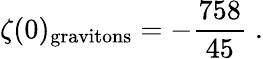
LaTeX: \zeta(0)_{\mathrm{gravitons}}=-{\frac{758}{45}}\; .